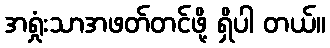
အရှုံးသာအဖတ်တင်ဖို့ ရှိပါ တယ်။